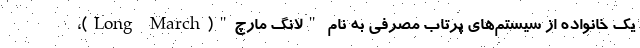
یک خانواده از سیستم‌های پرتاب مصرفی به نام "لانگ مارچ"(Long March)،